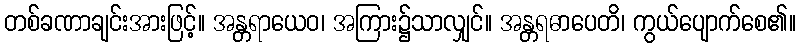
တစ်ခဏာချင်းအားဖြင့်။ အန္တရာယေဝ၊ အကြား၌သာလျှင်။ အန္တရဓာပေတိ၊ ကွယ်ပျောက်စေ၏။